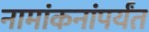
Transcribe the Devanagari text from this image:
नामांकनांपर्यंत